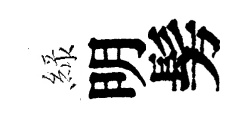
緑明髣